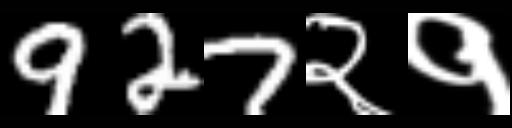
Text: 927२१